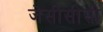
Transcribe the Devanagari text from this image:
जेसीसीसी